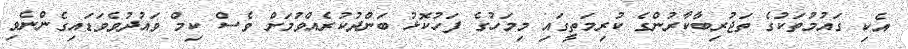
އެކި ގައުމުތަކުގެ ތަޖުރިބާކާރުންގެ ކުރިމަތީގައި މިމަހުގެ ފަހުކޮޅު ބަންދުކުރެއްވުމަށް ވެސް ކިމް ވައުދުވެވަޑައިގެންނެވި